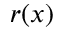
r ( x )